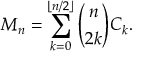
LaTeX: M _ { n } = \sum _ { k = 0 } ^ { \lfloor n / 2 \rfloor } { \binom { n } { 2 k } } C _ { k } .